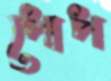
পোপ